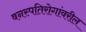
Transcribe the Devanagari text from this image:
वनस्पतिरोगांवरील